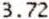
3.72